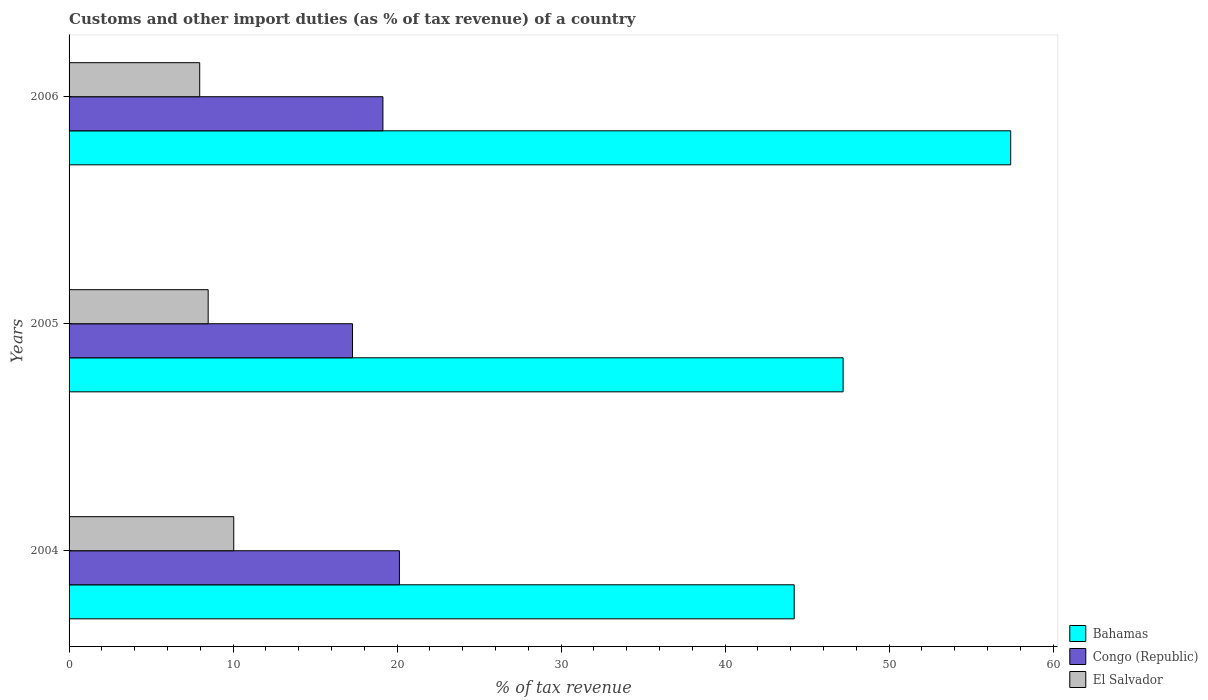
| Years | Bahamas | Congo (Republic) | El Salvador |
 | --- | --- | --- | --- |
 | 2004 | 44.2 | 20.1 | 10 |
 | 2005 | 47.2 | 17.3 | 8.48 |
 | 2006 | 57.4 | 19.1 | 7.97 |